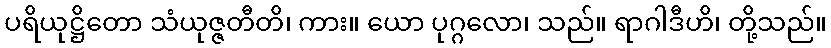
ပရိယုဋ္ဌိတော သံယုဇ္ဇတီတိ၊ ကား။ ယော ပုဂ္ဂလော၊ သည်။ ရာဂါဒီဟိ၊ တို့သည်။